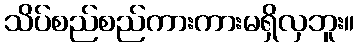
သိပ်စည်စည်ကားကားမရှိလှဘူး။